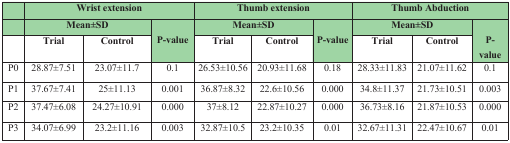
<table><thead><tr><td rowspan="2"></td><td colspan="3"><b>Wrist extension</b></td><td colspan="3"><b>Thumb extension</b></td><td colspan="3"><b>Thumb Abduction</b></td></tr><tr><td colspan="2"><b>Mean±SD</b></td><td rowspan="2"><b><i>P</i><sub>-value</sub></b></td><td colspan="2"><b>Mean±SD</b></td><td rowspan="2"><b><i>P</i><sub>-value</sub></b></td><td colspan="2"><b>Mean±SD</b></td><td rowspan="2"><b><i>P</i><sub>-value</sub></b></td></tr><tr><td></td><td><b>Trial</b></td><td><b>Control</b></td><td><b>Trial</b></td><td><b>Control</b></td><td><b>Trial</b></td><td><b>Control</b></td></tr></thead><tbody><tr><td>P0</td><td>28.87±7.51</td><td>23.07±11.7</td><td>0.1</td><td>26.53±10.56</td><td>20.93±11.68</td><td>0.18</td><td>28.33±11.83</td><td>21.07±11.62</td><td>0.1</td></tr><tr><td>P1</td><td>37.67±7.41</td><td>25±11.13</td><td>0.001</td><td>36.87±8.32</td><td>22.6±10.56</td><td>0.000</td><td>34.8±11.37</td><td>21.73±10.51</td><td>0.003</td></tr><tr><td>P2</td><td>37.47±6.08</td><td>24.27±10.91</td><td>0.000</td><td>37±8.12</td><td>22.87±10.27</td><td>0.000</td><td>36.73±8.16</td><td>21.87±10.53</td><td>0.000</td></tr><tr><td>P3</td><td>34.07±6.99</td><td>23.2±11.16</td><td>0.003</td><td>32.87±10.5</td><td>23.2±10.35</td><td>0.01</td><td>32.67±11.31</td><td>22.47±10.67</td><td>0.01</td></tr></tbody></table>